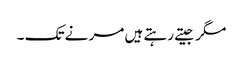
مگر جیتے رہتے ہیں مر نے تک ۔